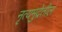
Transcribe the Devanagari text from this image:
नृत्यमुद्रेतील